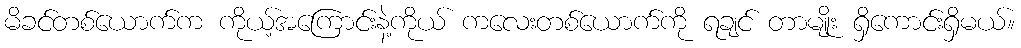
မိခင်တစ်ယောက်က ကိုယ့်အကြောင်းနဲ့ကိုယ် ကလေးတစ်ယောက်ကို ရချင် တာမျိုး ရှိကောင်းရှိမယ်။